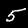
Label: 5